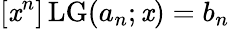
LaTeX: [\mathit{x}^{n}]\operatorname{LG}(a_{n};\mathit{x})=b_{n}